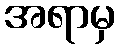
အရာမှ